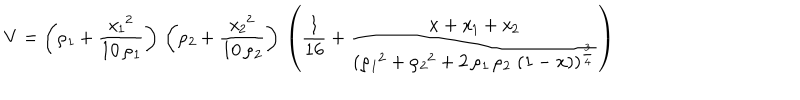
V = \left( { \it \rho _ { 1 } } + { \frac { { { { \it x _ { 1 } } } ^ { 2 } } } { 1 0 \, { \it \rho _ { 1 } } } } \right) \, \left( { \it \rho _ { 2 } } + { \frac { { { { \it x _ { 2 } } } ^ { 2 } } } { 1 0 \, { \it \rho _ { 2 } } } } \right) \, \left( \frac { 1 } { 1 6 } + { \frac { x + { \it x _ { 1 } } + { \it x _ { 2 } } } { { { \left( { { { \it \rho _ { 1 } } } ^ { 2 } } + { { { \it \rho _ { 2 } } } ^ { 2 } } + 2 \, { \it \rho _ { 1 } } \, { \it \rho _ { 2 } } \, \left( 1 - x \right) \right) } ^ { { \frac { 3 } { 4 } } } } } } \right)